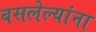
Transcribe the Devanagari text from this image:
बसलेल्यांना